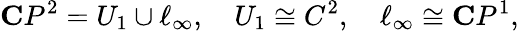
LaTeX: {\mathbf C}P^{2}=U_{1}\cup\ell_{\infty},\quad U_{1}\cong C^{2},\quad\ell_{\infty}\cong{\mathbf C}P^{1},